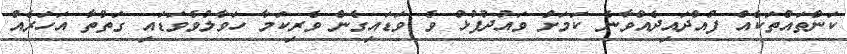
ކަންތައްތަކެއް ފުއްދައިދެއްވާނެ ކަމަށް ވައުދުފުޅު ވެ ވަޑައިގެން ވެރިކަމާ ހަވާލުވެވަޑައި ގަތްތާ އަހަރެއް